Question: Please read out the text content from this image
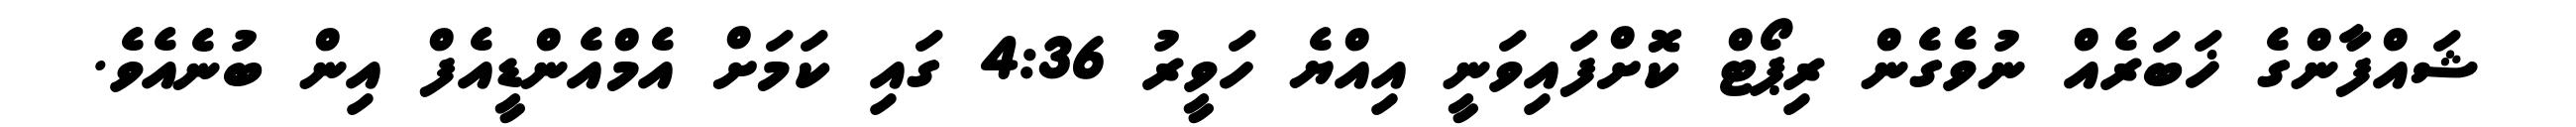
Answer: ޝައްފާންގެ ޚަބަރެއް ނުވެގެން ރިޕޯޓް ކޮށްފައިވަނީ އިއްޔެ ހަވީރު 4:36 ގައި ކަމަށް އެމްއެންޑީއެފް އިން ބުނެއެވެ.